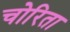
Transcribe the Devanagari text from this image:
चोरिता